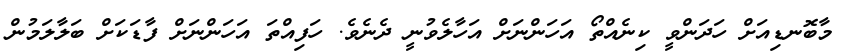
މާބޮނޑިއަށް ހަދަންވީ ކިނެއްތޯ އަހަންނަށް އަހާލެވުނީ ދެނެވެ. ހަފިއްތަ އަހަންނަށް ފާޑަކަށް ބަލާލަމުން